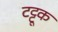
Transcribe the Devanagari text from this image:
टट्टूक